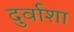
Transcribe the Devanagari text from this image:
दुर्वाशा